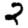
Digit: 2